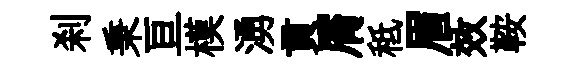
刹秉亘模湧貢屑秪眉效鞍